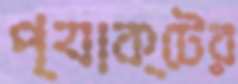
প্যাক্টের